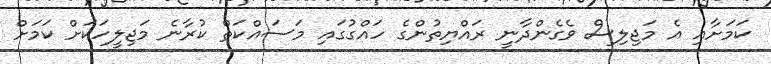
ކަމަށާއި އެ މަޖިލިސް ވެގެންދާނީ ރައްޔިތުންގެ ހައްގުގައި މަސައްކަތް ކުރާނެ މަޖިލީހަކަށް ކަމަށް